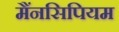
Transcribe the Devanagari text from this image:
मैंनसिपियम